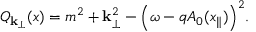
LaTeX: Q _ { { \bf k } _ { \perp } } ( x ) = m ^ { 2 } + { \bf k } _ { \perp } ^ { 2 } - \Bigl ( \omega - q A _ { 0 } ( x _ { \parallel } ) \Bigr ) ^ { 2 } .